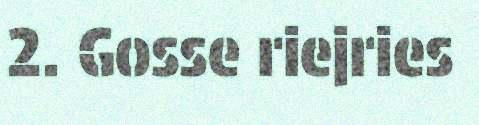
2. Gosse riejries